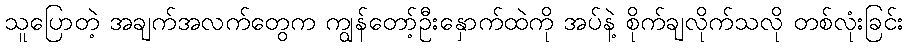
သူပြောတဲ့ အချက်အလက်တွေက ကျွန်တော့်ဦးနှောက်ထဲကို အပ်နဲ့ စိုက်ချလိုက်သလို တစ်လုံးခြင်း